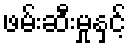
ဖမ်းဆီးမှုနှင့်